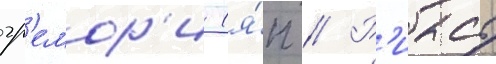
гр'емор'и (я́п // Р'иасу